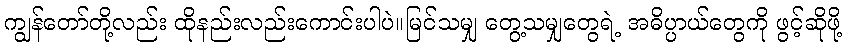
ကျွန်တော်တို့လည်း ထိုနည်းလည်းကောင်းပါပဲ။မြင်သမျှ တွေ့သမျှတွေရဲ့ အဓိပ္ပာယ်တွေကို ဖွင့်ဆိုဖို့